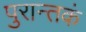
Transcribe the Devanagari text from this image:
पुरान्तकं